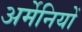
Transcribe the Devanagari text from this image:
अर्मेनियों